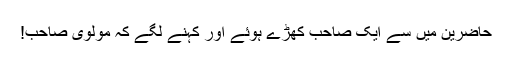
حاضرین میں سے ایک صاحب کھڑے ہوئے اور کہنے لگے کہ مولوی صاحب!